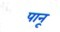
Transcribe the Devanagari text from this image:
पानू